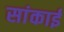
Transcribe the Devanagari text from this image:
सांकाई